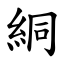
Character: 絧